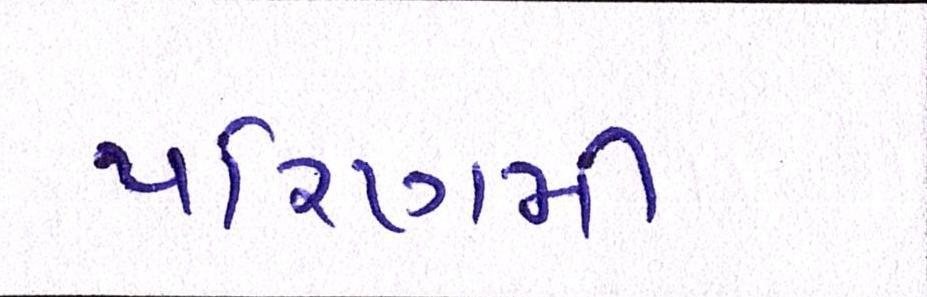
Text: પરિણમી